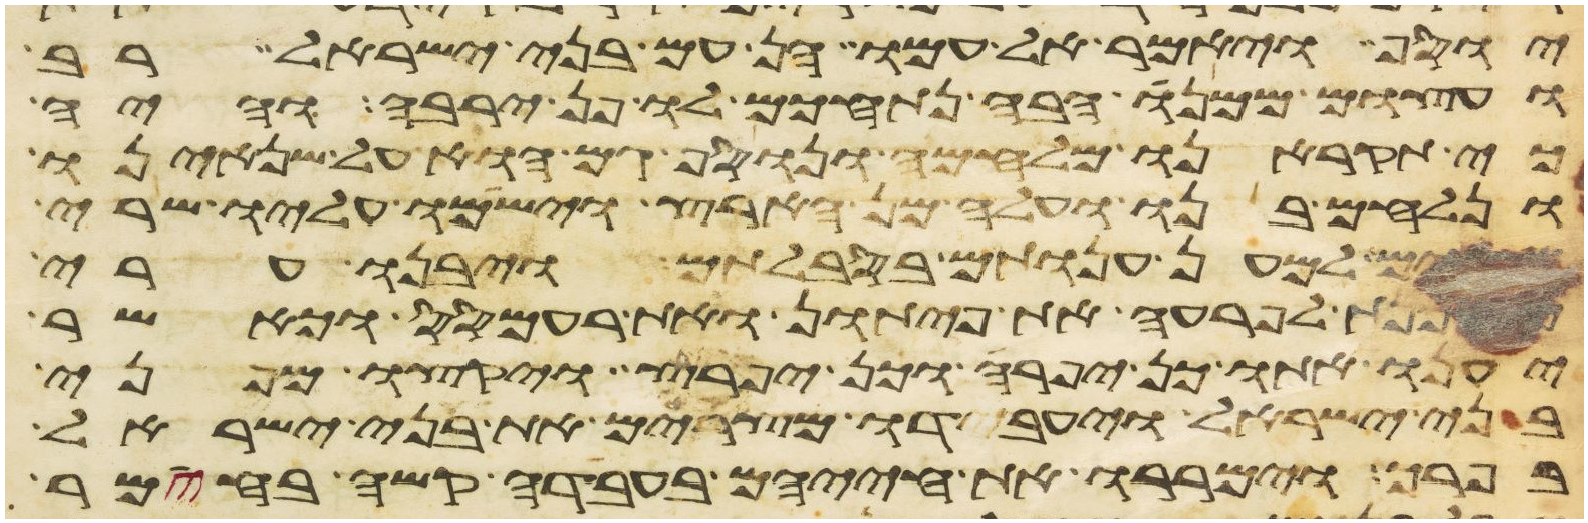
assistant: יוסף ויאמר אל עמו הן עם בני ישראל רב
ועצום ממנו הבה נתחכם לו פן ירבה והיה
כי תקראנו מלחמה ונוסף גם הוא על שנאינו
ונלחם בנו ועלה מן הארץ וישמו עליו שרי
מסים למען ענותם בסבלותם ויבנו ערי
מסכנת לפרעה את פיתון ואת רעמסס וכאשר
יענו אתו כן יפרה וכן יפרץ ויקצו מפני
בני ישראל ויעבדו מצרים את בני ישראל
בפרך וימררו את חייהם בעבדה קשה בחימר